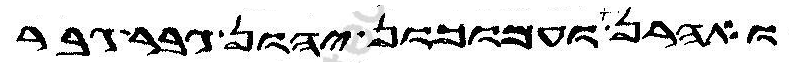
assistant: ואהרן ועמוכון יהון גבר גבר